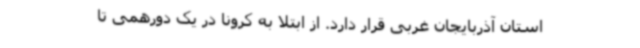
استان آذربایجان غربی قرار دارد. از ابتلا به کرونا در یک دورهمی تا